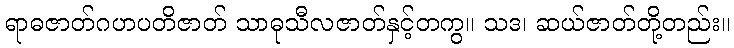
ရာဓဇာတ်ဂဟပတိဇာတ် သာဓုသီလဇာတ်နှင့်တကွ။ သဒ၊ ဆယ်ဇာတ်တို့တည်း။